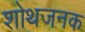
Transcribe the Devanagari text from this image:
शोथजनक